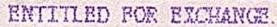
ENTITLED FOR EXCHANGE.